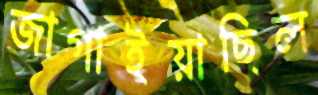
জাগাইয়াছিল